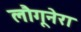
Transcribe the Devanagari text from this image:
लौगूनेरा